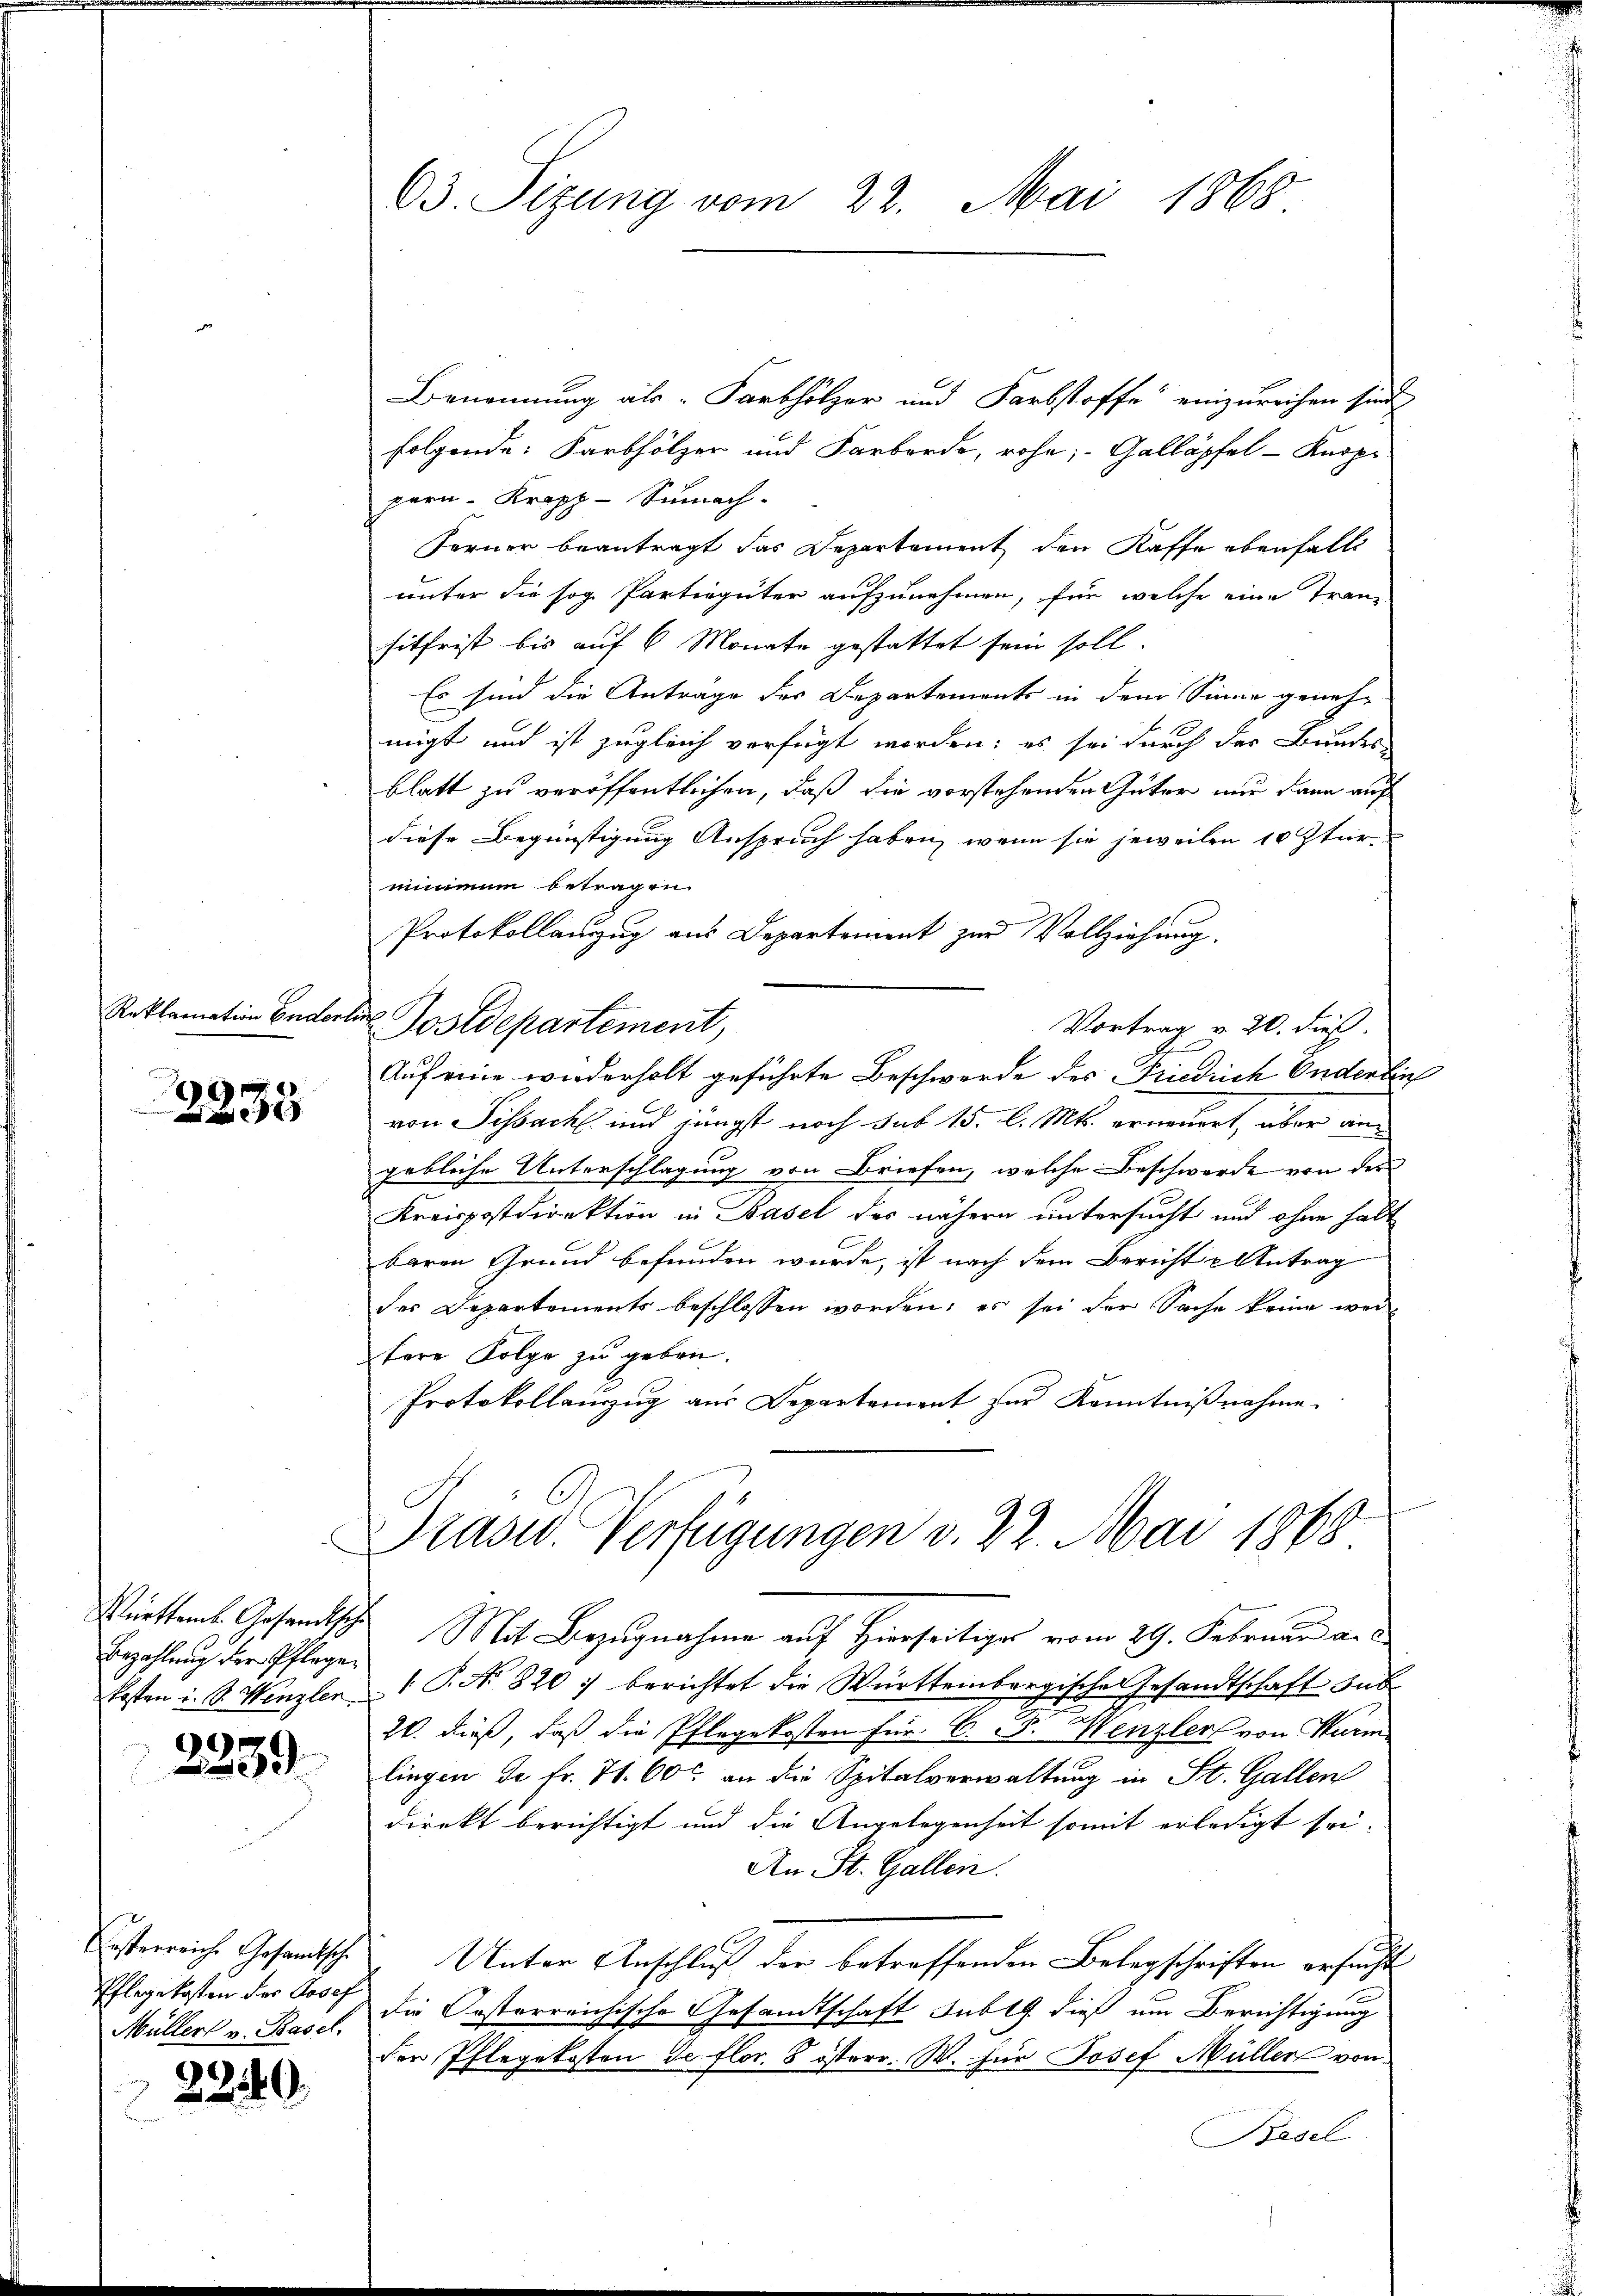
Reklamation Enderlin

e
a am 19.

Bezahlung der Pflege¬

2339.

Kosterreiche Gesandtsche
Pflegekosten der Josef
Müller v. Basel.

2240

63. Sizung vom 22. Mai 1868

Postdepartement,

Benennung als Farbhölzer und Farbstoffe einzureichen sind.
folgende: Farbhölzer und Farberde, rohe; Galläpfel-Knopi
peri-Krapp-Sumach-
Forner beantragt das Departement den Kaffe ebenfalls
unter die sog. Partiegüter aufzunehmen, für welche eine Tranz
sitfrist bis auf 6 Monate gestattet sein soll.
Es sind die Anträge der Departements in dem Sinne genehmigt und ist zugleich verfügt worden; es sei durch der Bundes
blatt zu veröffentlichen, daß die vorstehenden Güter nur dann auf
diese Begünstigung Anspruch haben, wenn sie jeweilen 10 Stürminimum betragen.
Protokollanzug aus Departement zur Vollziehung.
Vortrag v. 20. dieß.
Auf eine wiederholt geführte Beschwerde des Friedrich Onderlin
von Pissacht und jüngst noch sub 15. l. Mts. erneuert, aber an¬
.
gebliche Unterschlagung von Briefen, welche Beschwerde von der
Kreispostdirektion in Basel des nähern untersucht und ohne halt
baren Grund befunden wurde, ist nach dem Bericht u Antrag
der Departements beschlossen worden; es sei der Sache keine weitere Folge zu geben.
Protokollanzug aus Departement zur Kenntnißnahme.
Präsid. Verfügungen v. 22. Mai 1868
Künften Gesandtsche Mit Bezugnahme auf Hierseitiger vom 29. Februar a.
kosten i. S. Wenzler P. Nr. 820 :/ berichtet die Württembergische Gesandtschaft sub
20. dieß, daß die Pflegekosten für C. J. Wenzler von Kurm
lingen de Fr. 71. 600 an die Spitalverwaltung in St. Gallen
direkt berichtigt und die Angelegenheit somit erledigt sei¬
An St. Gallen.
Unter Anschluß der betreffenden Belegschriften ersucht
die Oesterreichische Gesandtschaft subth. dieß um Berichtigung
der Pflegekosten de flor. 8 österr. W. für Josef Müller von
Basel